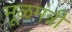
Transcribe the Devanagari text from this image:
मूळमंत्री